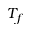
T _ { f }